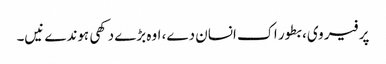
پر فیر وی، بطور اک انسان دے، اوہ بڑے دکھی ہوندے نیں۔